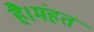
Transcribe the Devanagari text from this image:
है।मंहत